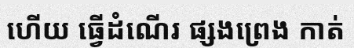
ហើយ ធ្វើដំណើរ ផ្សងព្រេង កាត់